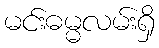
မင်းဓမ္မလမ်းရှိ